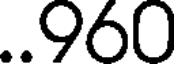
..960